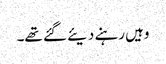
وہیں رہنے دیئے گئے تھے۔